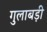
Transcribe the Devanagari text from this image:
गुलाबड़ी